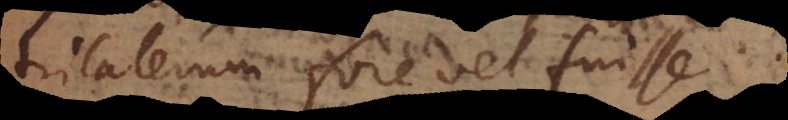
trilaterum fore vel fuisse.